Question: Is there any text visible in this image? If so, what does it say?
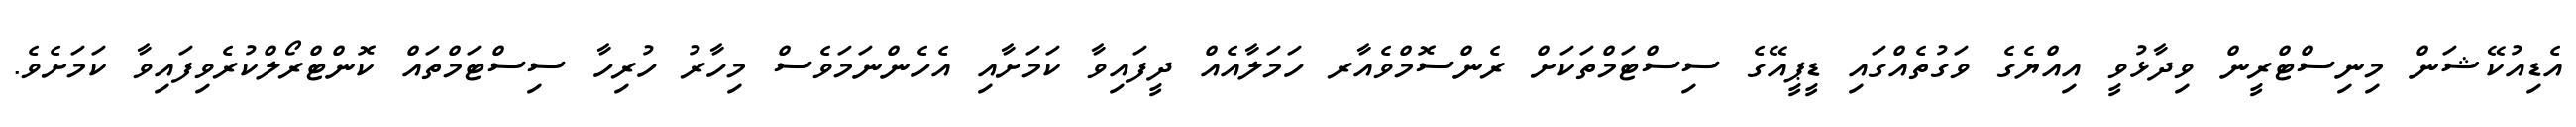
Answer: އެޑިއުކޭޝަން މިނިސްޓްރީން ވިދާޅުވީ އިއްޔެގެ ވަގުތެއްގައި ޑީޕީއޭގެ ސިސްޓަމްތަކަށް ރެންސޮމްވެއާރ ހަމަލާއެއް ދީފައިވާ ކަމަށާއި އެހެންނަމަވެސް މިހާރު ހުރިހާ ސިސްޓަމްތައް ކޮންޓްރޯލްކުރެވިފައިވާ ކަމަށެވެ.